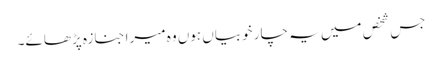
جس شخص میں یہ چار خوبیاں ہوں وہ میرا جنازہ پڑھائے۔